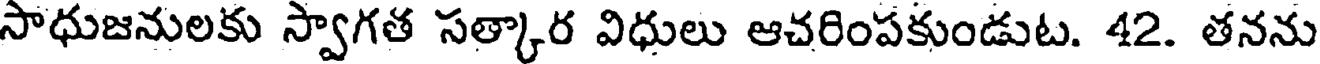
సాధుజనులకు స్వాగత సత్కార విధులు ఆచరింపకుండుట. 42. తనను